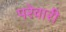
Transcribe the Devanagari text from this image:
परेवारी